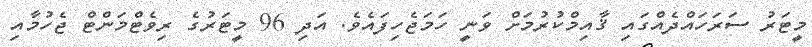
މީޓަރު ސަރަހައްދެއްގައި ޤާއިމްކުރުމަށް ވަނީ ހަމަޖެހިފައެވެ. އަދި 96 މީޓަރުގެ ރިވެޓްމަންޓް ޖެހުމާއި